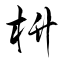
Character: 枡